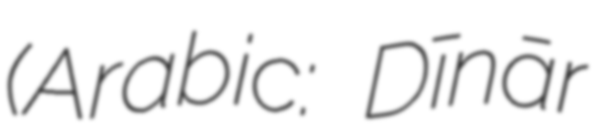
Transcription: (Arabic: دينار Dīnār